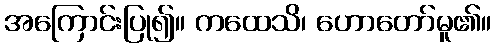
အကြောင်းပြု၍။ ကထေသိ၊ ဟောတော်မူ၏။